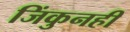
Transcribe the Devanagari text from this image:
जिंकुनही